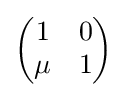
{\textstyle {\begin{pmatrix}1&0\\\mu &1\end{pmatrix}}}